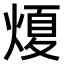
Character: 𤌤